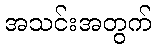
အသင်းအတွက်